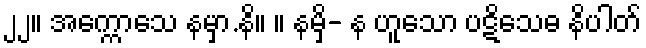
၂၂။ အက္ကောသေ နမှာ.နိ။ ။ နမှိ- န ဟူသော ပဋိသေဓ နိပါတ်